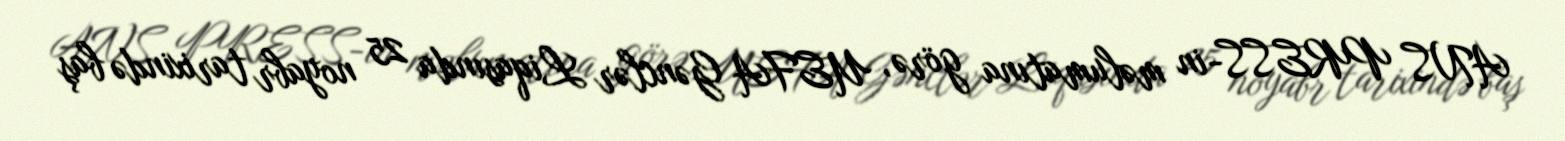
ANS PRESS-in məlumatına görə, UEFA Gənclər Liqasında 25 noyabr tarixində baş